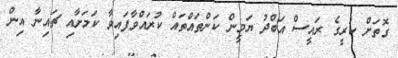
ގޮތަށް ކުރީގެ ރައީސް އަބްދު ޔަމީން ކަންތައްތައް ކުރައްވާފައިވާ ކަމަށާއި ޗައިނާ އިން